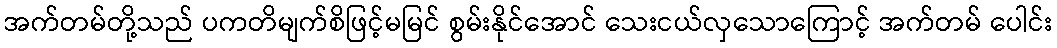
အက်တမ်တို့သည် ပကတိမျက်စိဖြင့်မမြင် စွမ်းနိုင်အောင် သေးငယ်လှသောကြောင့် အက်တမ် ပေါင်း